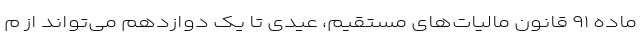
ماده ۹۱ قانون مالیات‌های مستقیم، عیدی تا یک دوازدهم می‌تواند از م